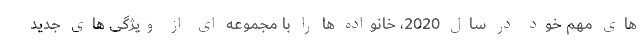
های مهم خود در سال 2020، خانواده ها را با مجموعه ای از ویژگی های جدید